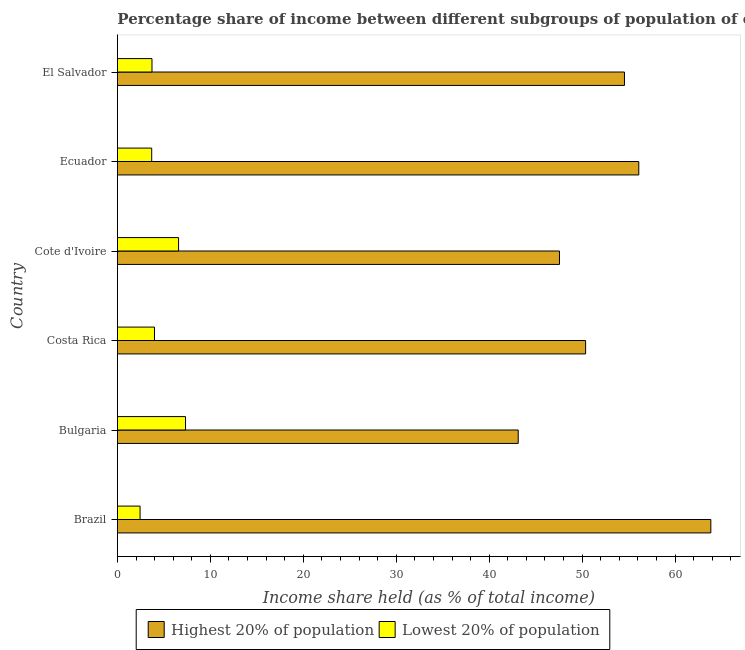
| Country | Highest 20% of population | Lowest 20% of population |
 | --- | --- | --- |
 | Brazil | 63.8 | 2.44 |
 | Bulgaria | 43.1 | 7.33 |
 | Costa Rica | 50.4 | 3.99 |
 | Cote d'Ivoire | 47.6 | 6.58 |
 | Ecuador | 56.1 | 3.69 |
 | El Salvador | 54.5 | 3.72 |